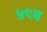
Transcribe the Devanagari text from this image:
५९व